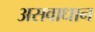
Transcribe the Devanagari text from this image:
असवाधान